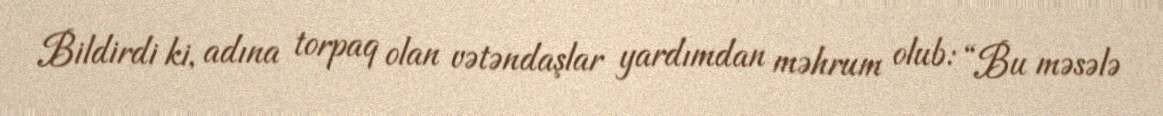
Bildirdi ki, adına torpaq olan vətəndaşlar yardımdan məhrum olub: “Bu məsələ